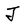
Character: J